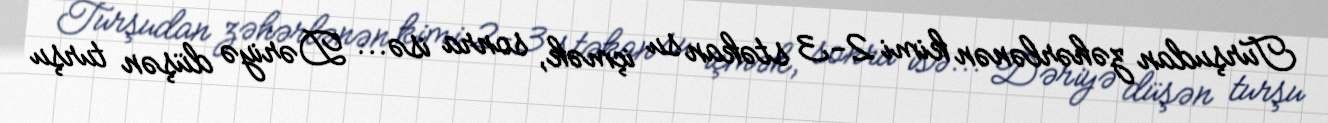
Turşudan zəhərlənən kimi 2-3 stəkan su içmək, sonra isə... Dəriyə düşən turşu